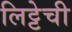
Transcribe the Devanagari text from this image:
लिट्टेची